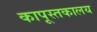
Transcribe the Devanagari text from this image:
कापूस्तकालय